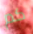
كم